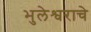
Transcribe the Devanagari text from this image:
भुलेश्वराचे